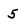
Character: 5